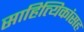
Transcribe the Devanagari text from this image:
साहित्यिकांसह